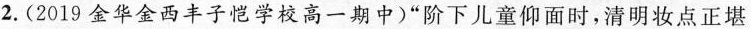
2.(2019金华金西丰子恺学校高一期中)”阶下儿童仰面时，清明妆点正堪